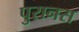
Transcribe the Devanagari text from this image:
पुरानस